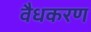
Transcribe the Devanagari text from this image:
वैधकरण